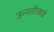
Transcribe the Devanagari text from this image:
उन्‍नतीकडे